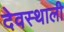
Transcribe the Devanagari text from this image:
देवस्थाली